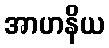
အာဟနိယ